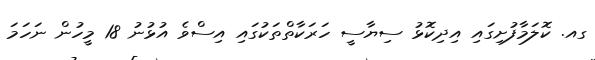
ގއ. ކޮލަމާފުށިގައި އިދިކޮޅު ސިޔާސީ ހަރަކާތްތަކުގައި އިސްވެ އުޅުނު 18 މީހުން ނަހަމަ